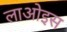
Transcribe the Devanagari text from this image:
लाओइस